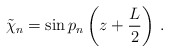
\begin{align*}\tilde \chi_n=\sin p_n \left ( z + \frac{L}{2} \right )\,.\end{align*}